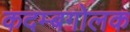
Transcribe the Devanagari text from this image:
कदम्बगोलक